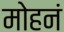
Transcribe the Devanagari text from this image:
मोहनं